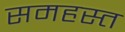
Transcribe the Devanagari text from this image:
समहस्त